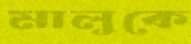
মালুকে